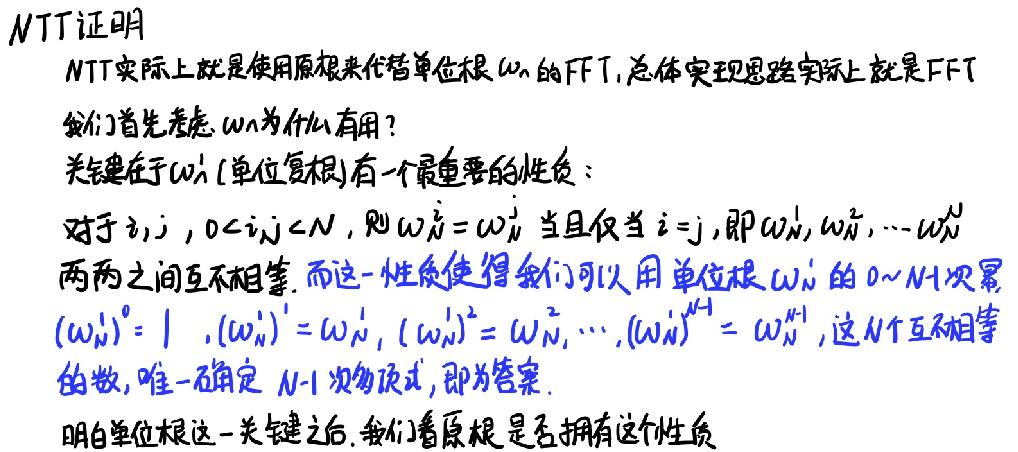
NTT证明
NTT实际上就是使用原根来代替单位根\(\omega_n\)的FFT,总体实现思路实际上就是FFT
我们首先考虑\(\omega_n\)为什么有用？
关键在于\(\omega_n\)（单位复根）有一个最重要的性质：
对于\(i,j\)，\(0 < i,j < N\)，则\(\omega_N^i=\omega_N^j\)当且仅当\(i = j\)，即\(\omega_N^1,\omega_N^2,\cdots,\omega_N^N\)
两两之间互不相等. 而这一性质使得我们可以用单位根\(\omega_N\)的\(0\sim N - 1\)次幂
\((\omega_N^1)^0 = 1\)，\((\omega_N^1)^1=\omega_N^1\)，\((\omega_N^1)^2=\omega_N^2\)，\(\cdots\)，\((\omega_N^1)^{N - 1}=\omega_N^{N - 1}\)，这\(N\)个互不相等
的数，唯一确定\(N - 1\)次多项式，即为答案.
明白单位根这一关键之后. 我们看原根是否拥有这个性质